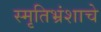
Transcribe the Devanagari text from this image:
स्मृतिभ्रंशाचे